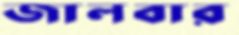
জালবার